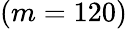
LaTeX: (m=120)